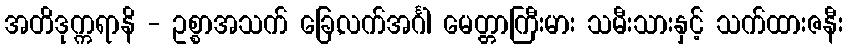
အတိဒုက္ကရာနိ - ဥစ္စာအသက် ခြေ,လက်အင်္ဂါ မေတ္တာကြီးမား သမီးသားနှင့် သက်ထားဇနီး